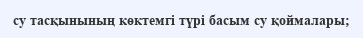
су тасқынының көктемгі түрі басым су қоймалары;